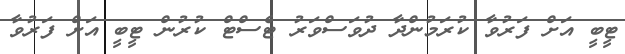
ޓީބީ އަށް ފަރުވާ ކުރަމުންދާ ދުވަސްވަރު ޓެސްޓް ކުރުން ޓީބީ އަށް ފަރުވާ